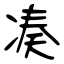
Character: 凑